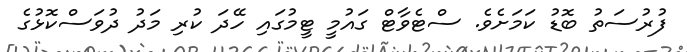
ފުރުސަތު ބޮޑު ކަމަށެވެ. ސްޓެވާޓް ގައުމީ ޓީމުގައި ހޭދަ ކުރި މަދު ދުވަސްކޮޅުގެ